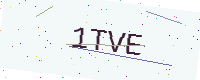
Text: 1TVE